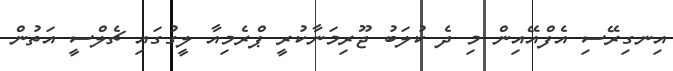
އިނގިރޭސި އެފްއޭއިން މި ދެ ކުލަބު ޖޫރިމަނާކުރީ ޕްރެމިއާ ލީގުގައި ޗެލްސީ އަތުން